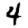
Digit: 4